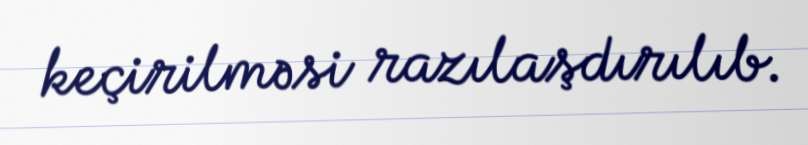
keçirilməsi razılaşdırılıb.